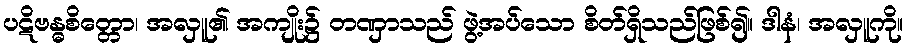
ပဋိဗန္ဓစိတ္တော၊ အလှူ၏ အကျိုး၌ တဏှာသည် ဖွဲ့အပ်သော စိတ်ရှိသည်ဖြစ်၍။ ဒါနံ၊ အလှူကို။